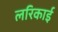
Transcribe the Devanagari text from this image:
लरिकाई